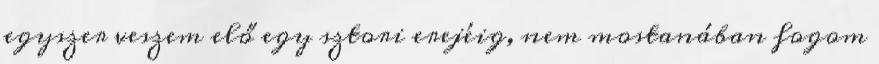
egyszer veszem elő egy sztori erejéig, nem mostanában fogom